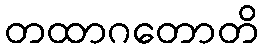
တထာဂတောတိ